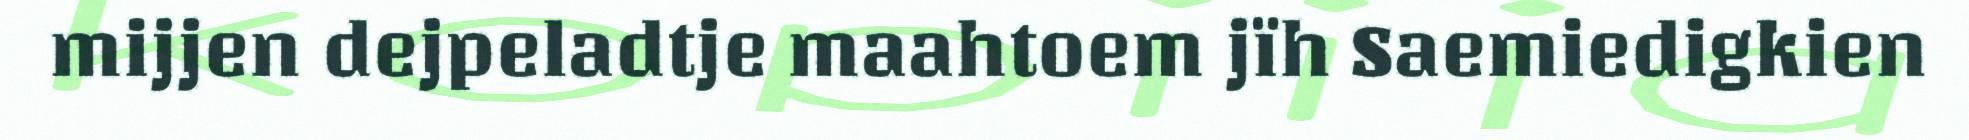
mijjen dejpeladtje maahtoem jïh Saemiedigkien